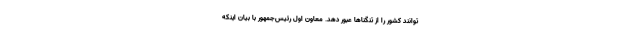
توانند کشور را از تنگناها عبور دهد. معاون اول رئیس‌جمهور با بیان اینکه